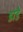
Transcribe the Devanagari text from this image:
डाडे